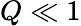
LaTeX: Q\ll 1